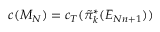
c ( M _ { N } ) = c _ { T } ( \tilde { \pi } _ { k } ^ { * } ( { \cal E } _ { N n + 1 } ) )